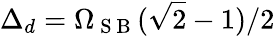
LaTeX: \Delta_{d}=\Omega_{\mathrm{~S~B~}}(\sqrt{2}-1)/2